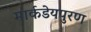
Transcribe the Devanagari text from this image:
मार्कडेयपुरण